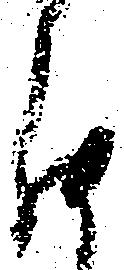
罷